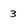
Character: 3